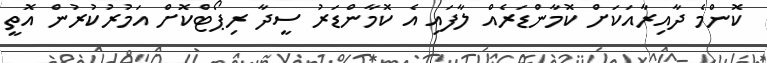
ކޮންމެ ދާއިރާއަކަށް ކޮމާންޑަރެއް ލާފައި އެ ކޮމާންޑަރު ސީދާ ރިޕޯޓްކޮށް އަމުރުކުރުން އޮތީ